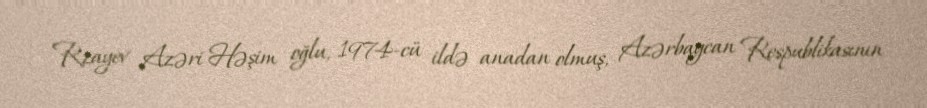
Rzayev Azəri Həşim oğlu, 1974-cü ildə anadan olmuş, Azərbaycan Respublikasının